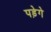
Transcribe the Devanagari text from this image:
पड़ेगे